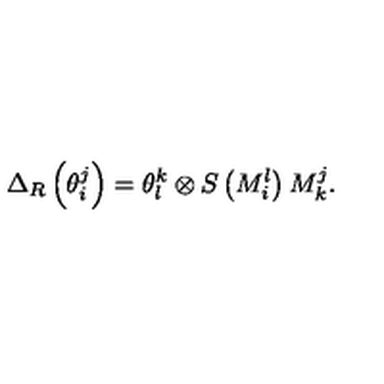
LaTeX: \Delta _ { R } \left( \theta _ { i } ^ { j } \right) = \theta _ { l } ^ { k } \otimes S \left( M _ { i } ^ { l } \right) M _ { k } ^ { j } .